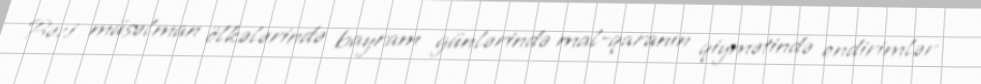
Bəzi müsəlman ölkələrində bayram günlərində mal-qaranın qiymətində endirimlər